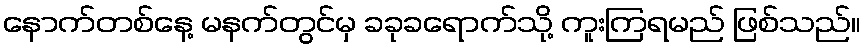
နောက်တစ်နေ့ မနက်တွင်မှ ခခုခရောက်သို့ ကူးကြရမည် ဖြစ်သည်။